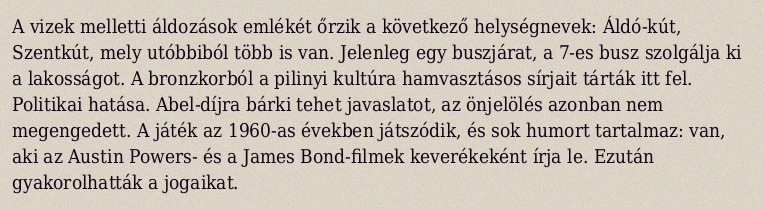
A vizek melletti áldozások emlékét őrzik a következő helységnevek: Áldó-kút, Szentkút, mely utóbbiból több is van. Jelenleg egy buszjárat, a 7-es busz szolgálja ki a lakosságot. A bronzkorból a pilinyi kultúra hamvasztásos sírjait tárták itt fel. Politikai hatása. Abel-díjra bárki tehet javaslatot, az önjelölés azonban nem megengedett. A játék az 1960-as években játszódik, és sok humort tartalmaz: van, aki az Austin Powers- és a James Bond-filmek keverékeként írja le. Ezután gyakorolhatták a jogaikat.